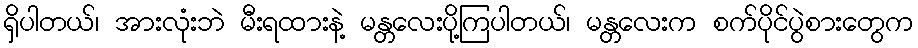
ရှိပါတယ်၊ အားလုံးဘဲ မီးရထားနဲ့ မန္တလေးပို့ကြပါတယ်၊ မန္တလေးက စက်ပိုင်ပွဲစားတွေက